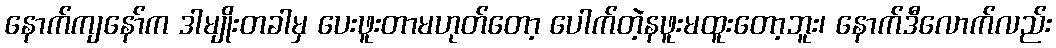
နောက်ကျနော်က ဒါမျိုးတခါမှ ပေးဖူးတာမဟုတ်တော့ ပေါက်တဲ့နဖူးမထူးတော့ဘူး၊ နောက်ဒီလောက်လည်း